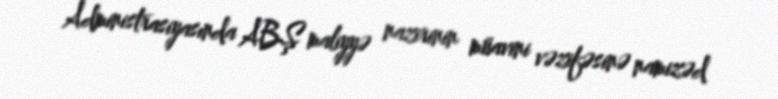
Administrasiyasında ABŞ maliyyə nazirinin müavini vəzifəsinə namizəd